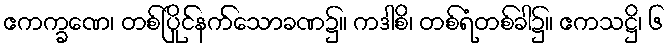
ဧကက္ခဏေ၊ တစ်ပြိုင်နက်သောခဏ၌။ ကဒါစိ၊ တစ်ရံတစ်ခါ၌။ ဧကသဋ္ဌိ၊ ၆